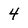
Character: 4